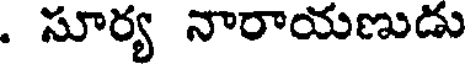
. సూర్య నారాయణుడు